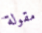
مقولة